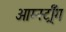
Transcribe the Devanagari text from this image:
आर्म्स्ट्राँग